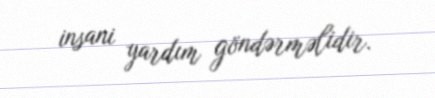
insani yardım göndərməlidir.